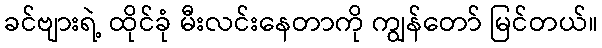
ခင်ဗျားရဲ့ ထိုင်ခုံ မီးလင်းနေတာကို ကျွန်တော် မြင်တယ်။